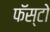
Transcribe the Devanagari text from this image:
फॅस्टो